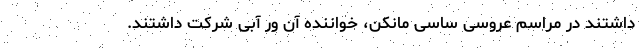
داشتند در مراسم عروسی ساسی مانکن، خواننده آن ورِ آبی شرکت داشتند.